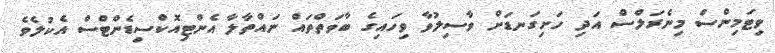
ވިޓަމިންސް މިނެރަލްސް އަދި ހަށިގަނޑަށް ވާސިލުވާ ވިހައިގެ ބާވަތްތައް ނައްތާލާ އެންޓިއޮކްސިޑެންޓްސް އެކުލެވެ